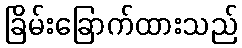
ခြိမ်းခြောက်ထားသည်